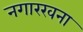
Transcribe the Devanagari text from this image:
नगारखना